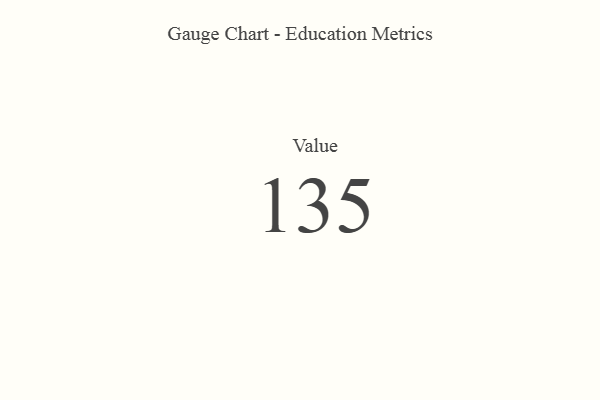
{"axis": {"x": "Metric", "y": "Value"}, "legend": [""], "data": [{"x": "Value", "y": 135, "type": ""}]}